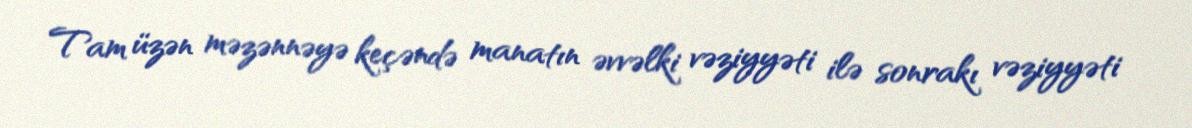
Tam üzən məzənnəyə keçəndə manatın əvvəlki vəziyyəti ilə sonrakı vəziyyəti